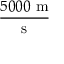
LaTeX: \frac { 5 0 0 0 { \mathrm { ~ m } } } { \mathrm { s } }